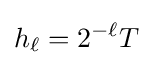
h_{\ell }=2^{-\ell }T